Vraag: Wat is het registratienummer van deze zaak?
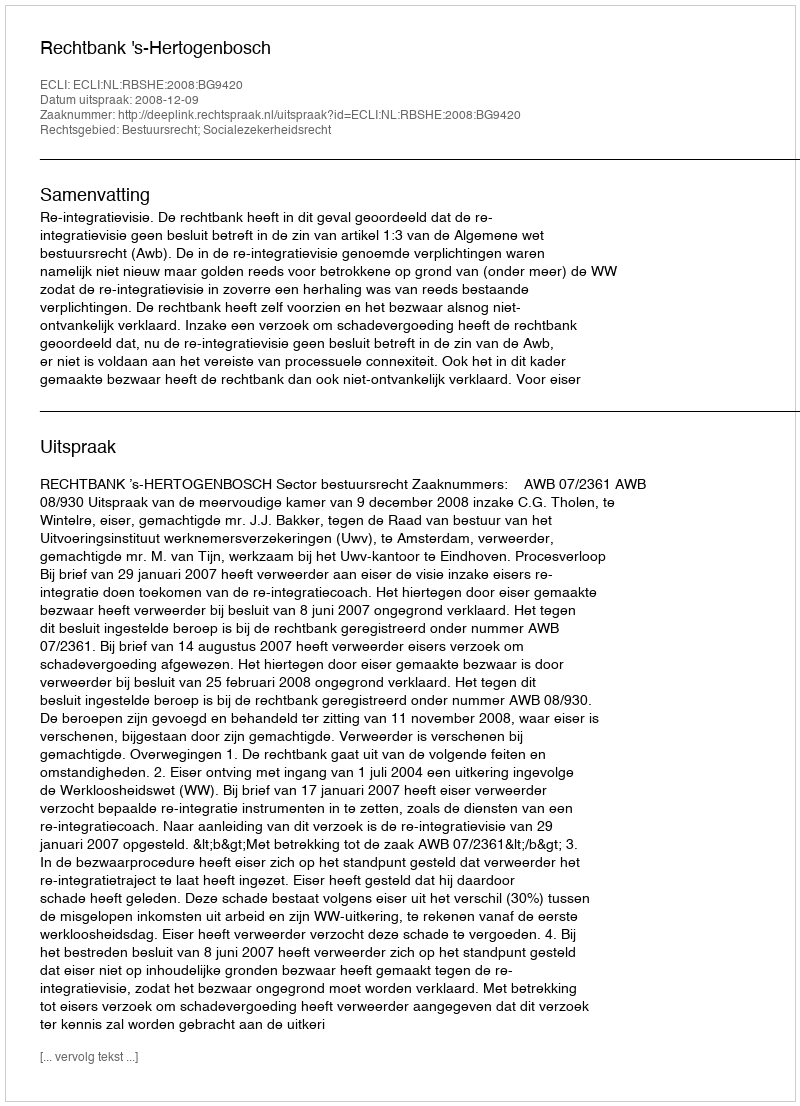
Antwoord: http://deeplink.rechtspraak.nl/uitspraak?id=ECLI:NL:RBSHE:2008:BG9420